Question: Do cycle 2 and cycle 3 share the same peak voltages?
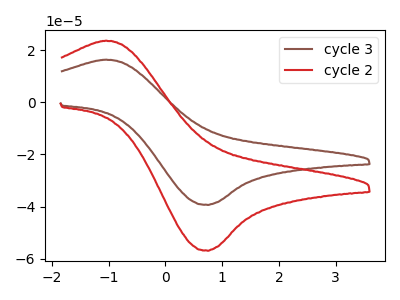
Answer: <think>The brown curve "cycle 3" has an anodic peak at (-1.05V, 16.30uA) and a cathodic peak at (0.75V, -39.35uA). The red curve "cycle 2" has an anodic peak at (-1.05V, 23.55uA) and a cathodic peak at (0.75V, -56.90uA).</think>
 <answer>Yes, "cycle 2" have a peak in "cycle 3" at the same potential.</answer>
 <eval>match</eval>